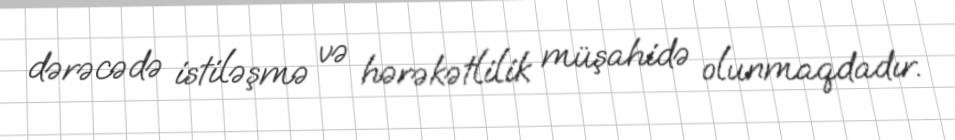
dərəcədə istiləşmə və hərəkətlilik müşahidə olunmaqdadır.